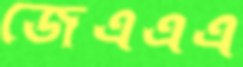
জেএএএ